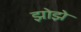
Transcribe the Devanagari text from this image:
झोझे